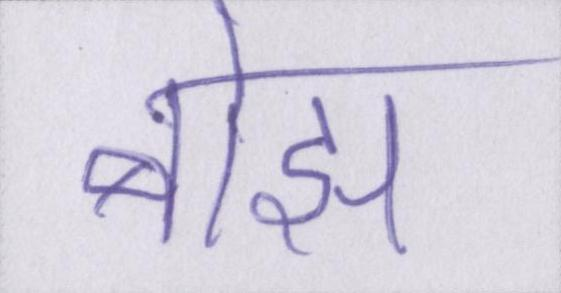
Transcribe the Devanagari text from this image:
बोझ